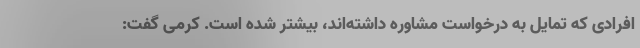
افرادی که تمایل به درخواست مشاوره داشته‌اند، بیشتر شده است. کرمی گفت: